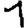
Digit: 1